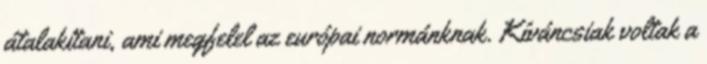
átalakítani, ami megfelel az európai normánknak. Kíváncsiak voltak a